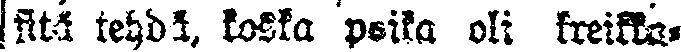
sitä tehdä, koska poika oli kreikka-